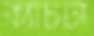
ক্যাচটা